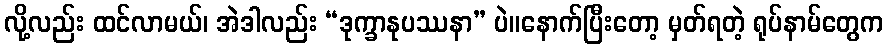
လို့လည်း ထင်လာမယ်၊ အဲဒါလည်း “ဒုက္ခာနုပဿနာ” ပဲ။နောက်ပြီးတော့ မှတ်ရတဲ့ ရုပ်နာမ်တွေက